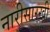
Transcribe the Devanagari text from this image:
नारीसारखी